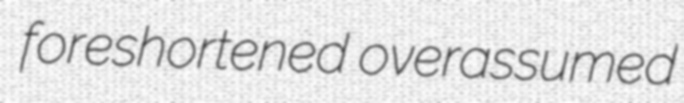
foreshortened overassumed